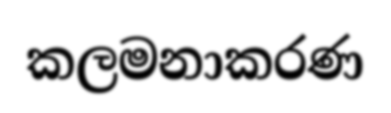
කලමනාකරණ